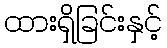
ထားရှိခြင်းနှင့်